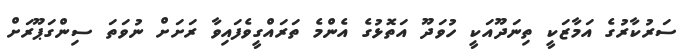
ސަރުކާރުގެ އަމާޒަކީ ތިނަދޫއަކީ ހުވަދޫ އަތޮޅުގެ އެންމެ ތަރައްގީވެފައިވާ ރަށަށް ނުވަތަ ސިންގަޕޫރަށް